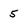
Character: 5